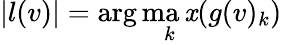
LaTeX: |l(v)|=\arg\operatorname*{ma\mathit{x}}_{k}(g(v)_{k})